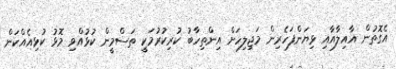
އެގޮތުން އާއިލާއާއި ޅިޔަންފަހެރިން މަޖިލިހަށް އިންތިހާބު ކުރިކުރުމަކީ ތަސްމީން ކުޅުއްވި މޮޅު ކުޅިއެއްކަން